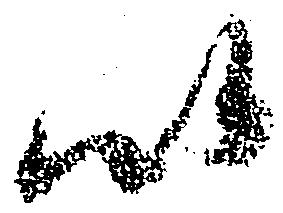
以